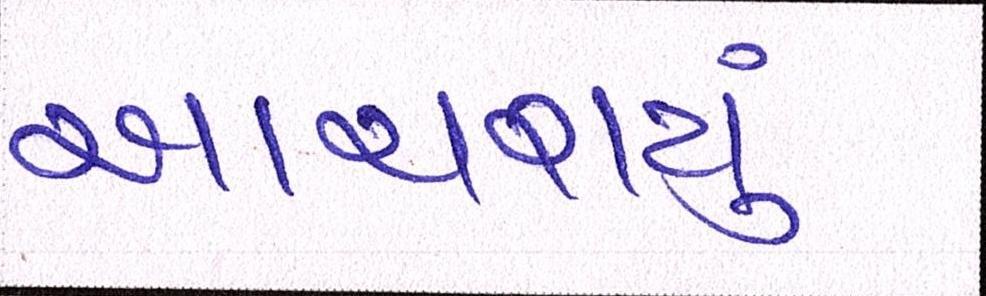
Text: આચરાયું